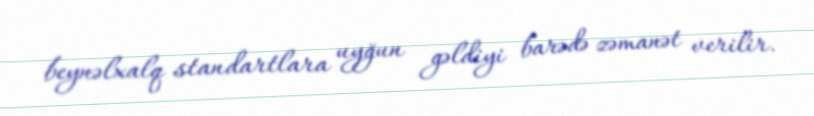
beynəlxalq standartlara uyğun gəldiyi barədə zəmanət verilir.